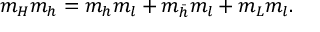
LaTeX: m _ { H } m _ { h } = m _ { h } m _ { l } + m _ { { \bar { h } } } m _ { l } + m _ { L } m _ { l } .